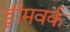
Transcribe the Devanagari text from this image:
ड्रीमवर्क